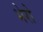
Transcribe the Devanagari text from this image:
भेरो